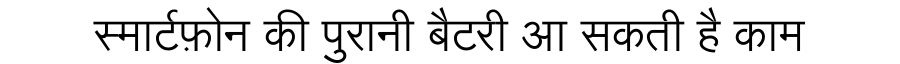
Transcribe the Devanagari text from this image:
स्मार्टफ़ोन की पुरानी बैटरी आ सकती है काम